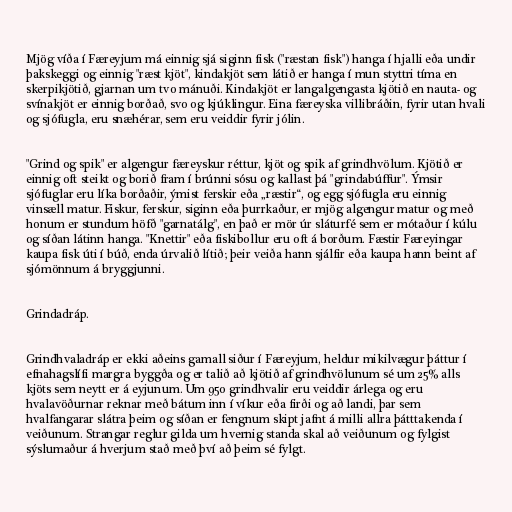
Mjög víða í Færeyjum má einnig sjá siginn fisk ("ræstan fisk") hanga í hjalli eða undir
þakskeggi og einnig "ræst kjöt", kindakjöt sem látið er hanga í mun styttri tíma en
skerpikjötið, gjarnan um tvo mánuði. Kindakjöt er langalgengasta kjötið en nauta- og
svínakjöt er einnig borðað, svo og kjúklingur. Eina færeyska villibráðin, fyrir utan hvali
og sjófugla, eru snæhérar, sem eru veiddir fyrir jólin.

"Grind og spik" er algengur færeyskur réttur, kjöt og spik af grindhvölum. Kjötið er
einnig oft steikt og borið fram í brúnni sósu og kallast þá "grindabúffur". Ýmsir
sjófuglar eru líka borðaðir, ýmist ferskir eða „ræstir“, og egg sjófugla eru einnig
vinsæll matur. Fiskur, ferskur, siginn eða þurrkaður, er mjög algengur matur og með
honum er stundum höfð "garnatálg", en það er mör úr sláturfé sem er mótaður í kúlu
og síðan látinn hanga. "Knettir" eða fiskibollur eru oft á borðum. Fæstir Færeyingar
kaupa fisk úti í búð, enda úrvalið lítið; þeir veiða hann sjálfir eða kaupa hann beint af
sjómönnum á bryggjunni.

Grindadráp.

Grindhvaladráp er ekki aðeins gamall siður í Færeyjum, heldur mikilvægur þáttur í
efnahagslífi margra byggða og er talið að kjötið af grindhvölunum sé um 25% alls
kjöts sem neytt er á eyjunum. Um 950 grindhvalir eru veiddir árlega og eru
hvalavöðurnar reknar með bátum inn í víkur eða firði og að landi, þar sem
hvalfangarar slátra þeim og síðan er fengnum skipt jafnt á milli allra þátttakenda í
veiðunum. Strangar reglur gilda um hvernig standa skal að veiðunum og fylgist
sýslumaður á hverjum stað með því að þeim sé fylgt.